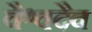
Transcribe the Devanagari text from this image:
वैश्वदैव